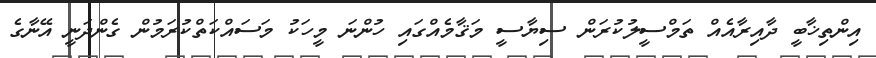
އިންތިޚާބީ ދާއިރާއެއް ތަމްސީލުކުރަން ސިޔާސީ މަޤާމެއްގައި ހުންނަ މީހަކު މަސައްކަތްކުރަމުން ގެންދަނީ އޭނާގެ